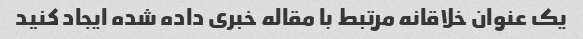
یک عنوان خلاقانه مرتبط با مقاله خبری داده شده ایجاد کنید